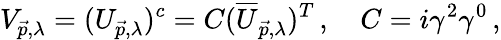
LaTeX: V_{\vec{p},\lambda}=(U_{\vec{p},\lambda})^{c}=C(\overline{{{U}}}_{\vec{p},\lambda})^{T}\, ,\quad C=i\gamma^{2}\gamma^{0}\, ,